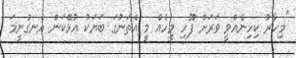
"މިހާރު ކިހިނެއްވީ ވަރަށް ފޫހި މީހެއް މީ އެތަނުގަ ބަޔަކު އުޅޭކަން އެނގުނީމަ